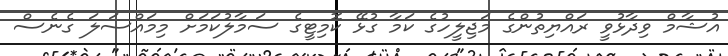
އުޝާމް ވިދާޅުވީ ރައްޔިތުންގެ މަޖިލީހުގެ ކަމާ ގުޅޭ ކޮމިޓީގެ ސަމާލުކަމަށް މިމައްސަލަ ގެނެސް